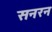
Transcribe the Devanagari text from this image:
सनरन